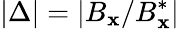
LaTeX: |\Delta|=|B_{\mathbf{x}}/B_{\mathbf{x}}^{*}|